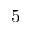
5